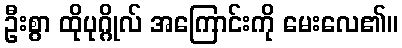
ဦးစွာ ထိုပုဂ္ဂိုလ် အကြောင်းကို မေးလေ၏။